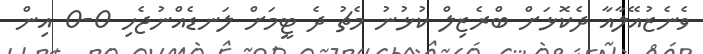
ވެނެޒުއޭލާއާ ދެކޮޅަށް ބްރެޒިލް ކުޅުނު މެޗު ދެ ޓީމަށް ލަނޑެއްނުޖެހި 0-0 އިން